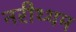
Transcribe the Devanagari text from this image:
नरीथ्थम